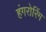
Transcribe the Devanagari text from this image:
हंगरोरिंग